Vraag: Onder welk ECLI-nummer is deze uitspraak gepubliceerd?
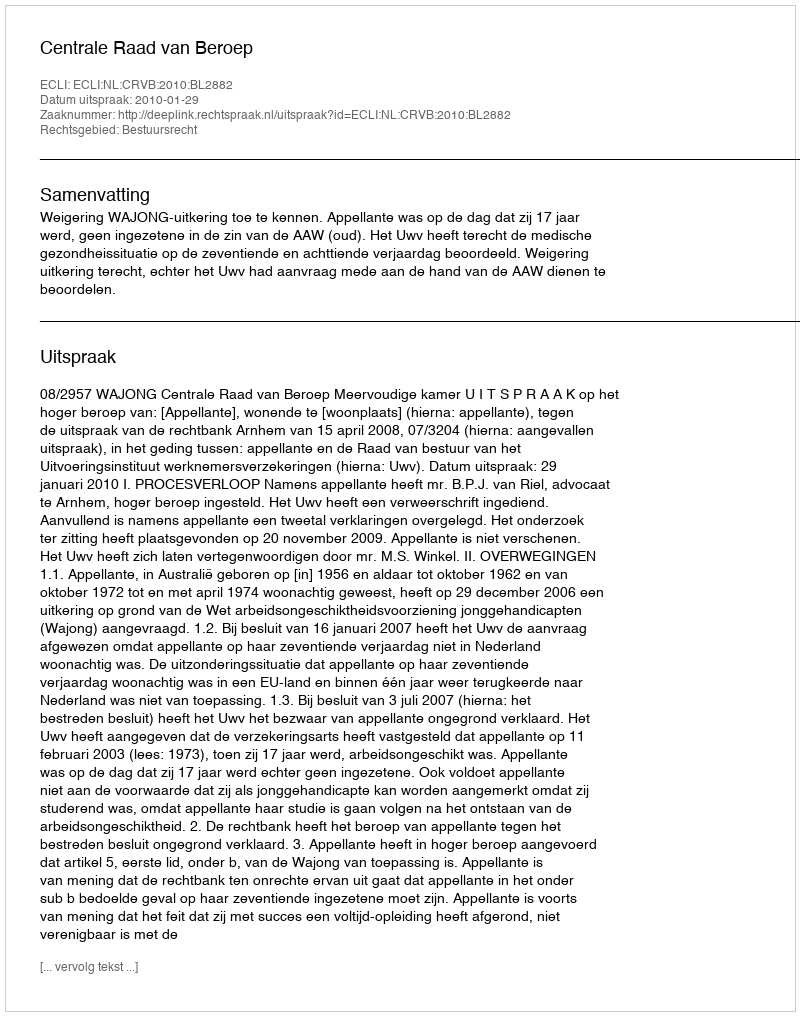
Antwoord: ECLI:NL:CRVB:2010:BL2882